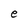
Character: e